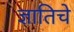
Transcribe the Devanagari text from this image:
ज्ञातिचे